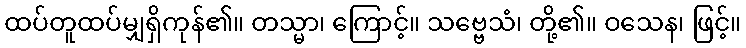
ထပ်တူထပ်မျှရှိကုန်၏။ တသ္မာ၊ ကြောင့်။ သဗ္ဗေသံ၊ တို့၏။ ဝသေန၊ ဖြင့်။